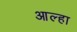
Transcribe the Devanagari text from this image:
आल्‍हा